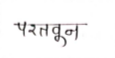
मजकूर: परतवून